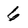
Character: 6